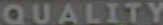
QUALITY